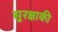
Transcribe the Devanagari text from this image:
सुरक्षाकी